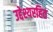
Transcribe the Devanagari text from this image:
उद्देश्यरहित